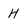
Character: H